Leprosy in India: report of the Leprosy Commission in India, 1890-91
Year: 1890
Disease focus: Leprosy
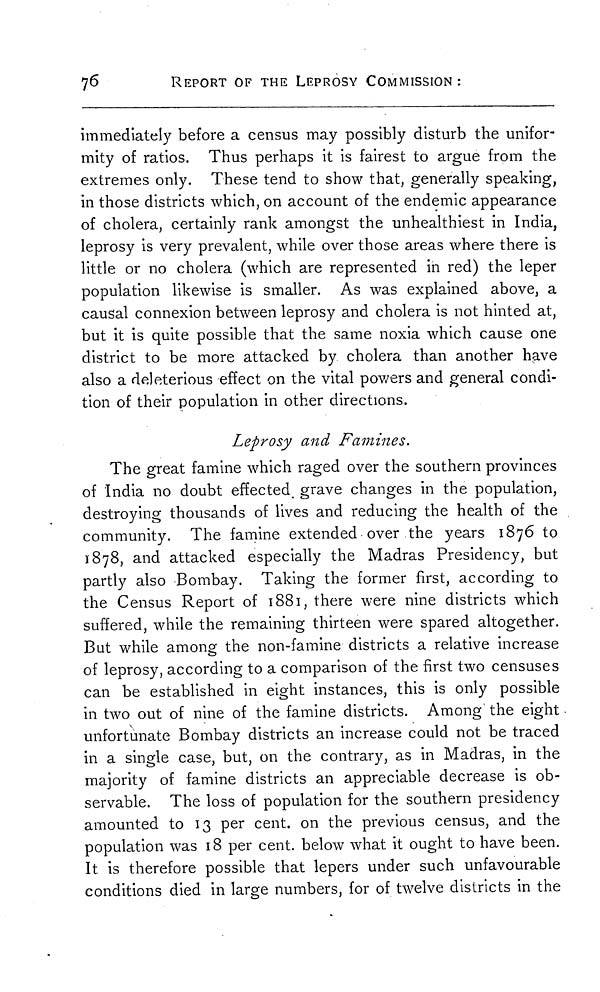
76
REPORT OF THE LEPROSY COMMISSION :
immediately before a census may possibly disturb the unifor-
mity of ratios. Thus perhaps it is fairest to argue from the
extremes only. These tend to show that, generally speaking,
in those districts which, on account of the endemic appearance
of cholera, certainly rank amongst the unhealthiest in India,
leprosy is very prevalent, while over those areas where there is
little or no cholera (which are represented in red) the leper
population likewise is smaller. As was explained above, a
causal connexion between leprosy and cholera is not hinted at,
but it is quite possible that the same noxia which cause one
district to be more attacked by cholera than another have
also a deleterious effect on the vital powers and general condi-
tion of their population in other directions.
Leprosy and Famines.
The great famine which raged over the southern provinces
of India no doubt effected grave changes in the population,
destroying thousands of lives and reducing the health of the
community. The famine extended over the years 1876 to
1878, and attacked especially the Madras Presidency, but
partly also Bombay. Taking the former first, according to
the Census Report of 1881, there were nine districts which
suffered, while the remaining thirteen were spared altogether.
But while among the non-famine districts a relative increase
of leprosy, according to a comparison of the first two censuses
can be established in eight instances, this is only possible
in two out of nine of the famine districts. Among the eight
unfortunate Bombay districts an increase could not be traced
in a single case, but, on the contrary, as in Madras, in the
majority of famine districts an appreciable decrease is ob-
servable. The loss of population for the southern presidency
amounted to 13 per cent, on the previous census, and the
population was 18 per cent, below what it ought to have been.
It is therefore possible that lepers under such unfavourable
conditions died in large numbers, for of twelve districts in the